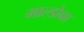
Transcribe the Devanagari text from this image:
माल्डोवा